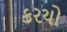
કરયો